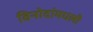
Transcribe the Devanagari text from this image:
विनोदांमधली